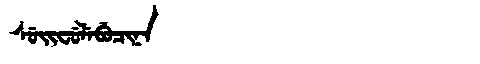
Manchu: ᠰᡠᡳᠸᡠᠯᡝᠪᡠᠴᡳᠨᠠ
Romanization: SUIFULEBUCINA